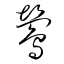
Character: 鶯